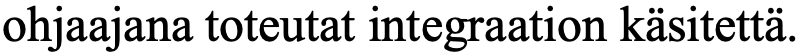
ohjaajana toteutat integraation käsitettä.